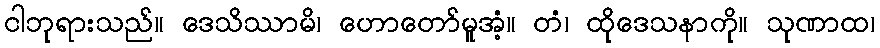
ငါဘုရားသည်။ ဒေသိဿာမိ၊ ဟောတော်မူအံ့။ တံ၊ ထိုဒေသနာကို။ သုဏာထ၊